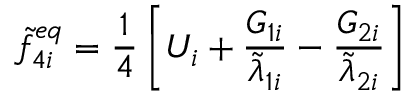
\widetilde { f } _ { 4 i } ^ { e q } = \frac { 1 } { 4 } \left[ U _ { i } + \frac { G _ { 1 i } } { \widetilde { \lambda } _ { 1 i } } - \frac { G _ { 2 i } } { \widetilde { \lambda } _ { 2 i } } \right]